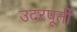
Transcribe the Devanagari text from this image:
उदरपूर्ती